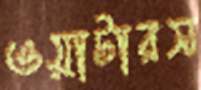
ওয়াটারস